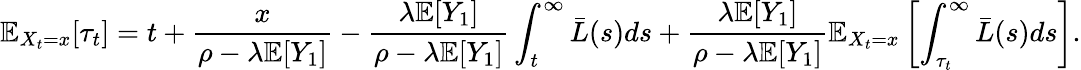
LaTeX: \mathbb{E}_{X_{t}=x}[\tau_{t}]=t+\frac{x}{\rho-\lambda\mathbb{E}[Y_{1}]}-\frac{\lambda\mathbb{E}[Y_{1}]}{\rho-\lambda\mathbb{E}[Y_{1}]}\int_{t}^{\infty}\bar{L}(s)ds+\frac{\lambda\mathbb{E}[Y_{1}]}{\rho-\lambda\mathbb{E}[Y_{1}]}\mathbb{E}_{X_{t}=x}\left[\int_{\tau_{t}}^{\infty}\bar{L}(s)ds\right].